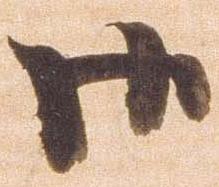
御